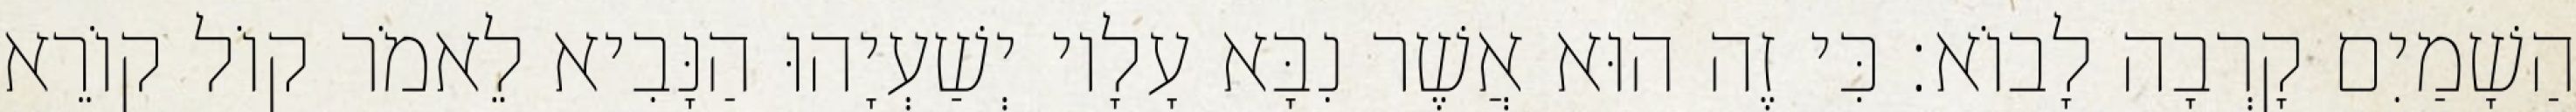
הַשָׁמַיִם קָרְבָה לָבוֹא׃ כִּי זֶה הוּא אֲשֶׁר נִבָּא עָלָיו יְשַׁעְיָהוּ הַנָּבִיא לֵאמֹר קוֹל קוֹרֵא